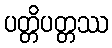
ပတ္တိပတ္တဿ